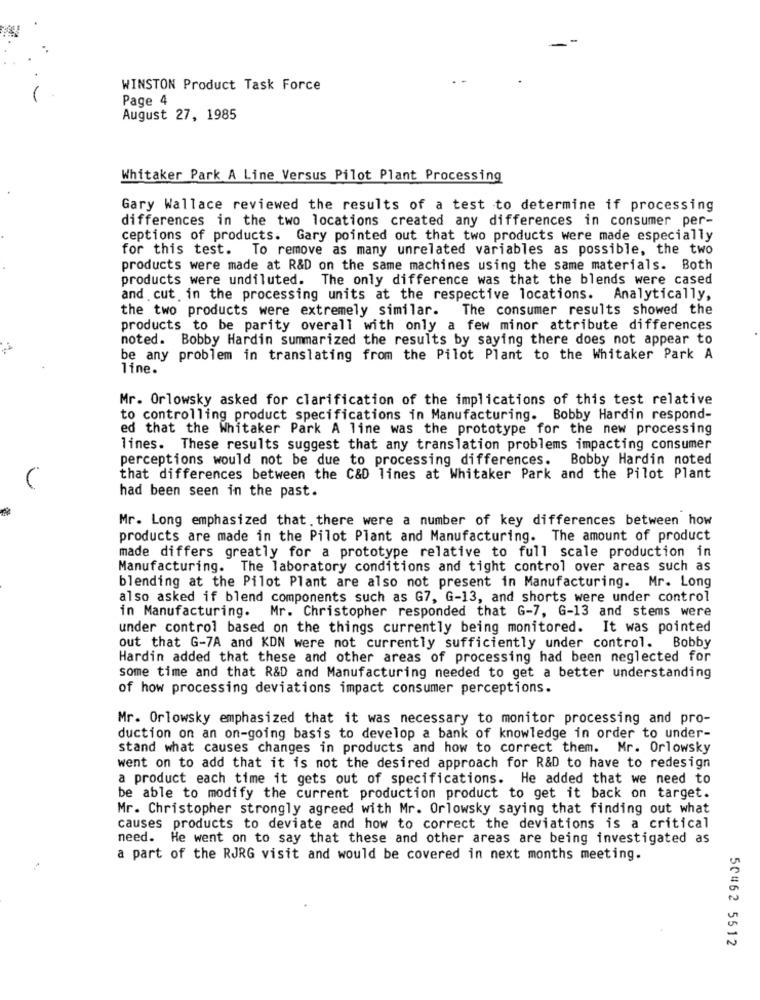
WINSTON Product Task Force
Page 4
August 27, 1985
Whitaker Park A Line Versus Pilot Plant Processing
Gary Wallace reviewed the results of a test to determine if processing
differences in the two locations created any differences in consumer per-
ceptions of products. Gary pointed out that two products were made especially
for this test. To remove as many unrelated variables as possible, the two
products were made at R&D on the same machines using the same materials. Both
products were undiluted. The only difference was that the blends were cased
and cut in the processing units at the respective locations. Analytically,
the two products were extremely similar. The consumer results showed the
products to be parity overall with only a few minor attribute differences
noted. Bobby Hardin summarized the results by saying there does not appear to
be any problem in translating from the Pilot Plant to the Whitaker Park A
line.
Mr. Orlowsky asked for clarification of the implications of this test relative
to controlling product specifications in Manufacturing. Bobby Hardin respond-
ed that the Whitaker Park A line was the prototype for the new processing
lines. These results suggest that any translation problems impacting consumer
perceptions would not be due to processing differences. Bobby Hardin noted
that differences between the C&D lines at Whitaker Park and the Pilot Plant
had been seen in the past.
Mr. Long emphasized that there were a number of key differences between how
products are made in the Pilot Plant and Manufacturing. The amount of product
made differs greatly for a prototype relative to full scale production in
Manufacturing. The laboratory conditions and tight control over areas such as
blending at the Pilot Plant are also not present in Manufacturing. Mr. Long
also asked if blend components such as G7, G-13, and shorts were under control
in Manufacturing. Mr. Christopher responded that G-7, G-13 and stems were
under control based on the things currently being monitored. It was pointed
out that G-7A and KDN were not currently sufficiently under control. Bobby
Hardin added that these and other areas of processing had been neglected for
some time and that R&D and Manufacturing needed to get a better understanding
of how processing deviations impact consumer perceptions.
Mr. Orlowsky emphasized that it was necessary to monitor processing and pro-
duction on an on-going basis to develop a bank of knowledge in order to under-
stand what causes changes in products and how to correct them. Mr. Orlowsky
went on to add that it is not the desired approach for R&D to have to redesign
a product each time it gets out of specifications. He added that we need to
be able to modify the current production product to get it back on target.
Mr. Christopher strongly agreed with Mr. Orlowsky saying that finding out what
causes products to deviate and how to correct the deviations is a critical
need. He went on to say that these and other areas are being investigated as
a part of the RJRG visit and would be covered in next months meeting.
50#62 5512